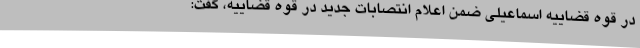
در قوه قضاییه اسماعیلی ضمن اعلام انتصابات جدید در قوه قضاییه، گفت: